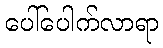
ပေါ်ပေါက်လာရာ